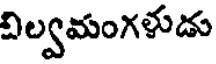
విల్వమంగళుడు